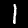
Label: 1